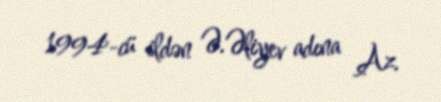
1994-cü ildən Ə.Əliyev adına Az.